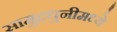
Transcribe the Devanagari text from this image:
सामुद्रधुनीमध्ये